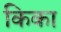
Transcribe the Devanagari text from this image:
किका